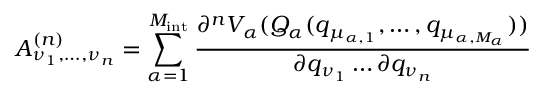
A _ { \nu _ { 1 } , \dots , \nu _ { n } } ^ { ( n ) } = \sum _ { \alpha = 1 } ^ { M _ { \mathrm { i n t } } } \frac { \partial ^ { n } V _ { \alpha } ( Q _ { \alpha } ( q _ { \mu _ { \alpha , 1 } } , \dots , q _ { \mu _ { \alpha , M _ { \alpha } } } ) ) } { \partial q _ { \nu _ { 1 } } \dots \partial q _ { \nu _ { n } } }